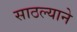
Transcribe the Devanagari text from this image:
साठल्याने